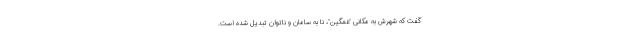
گفت که شهرش به مکانی "غمگین"، نا به سامان و ناتوان تبدیل شده است.